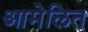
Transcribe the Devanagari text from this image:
आमेलित